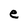
Character: e